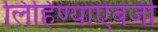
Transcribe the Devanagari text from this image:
लिहिण्याऐवजी